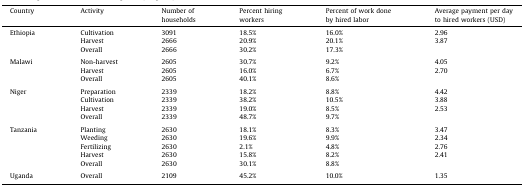
<table><thead><tr><td><b>Country</b></td><td><b>Activity</b></td><td><b>Number of households</b></td><td><b>Percent hiring workers</b></td><td><b>Percent of work done by hired labor</b></td><td><b>Average payment per day to hired workers (USD)</b></td></tr></thead><tbody><tr><td rowspan="3">Ethiopia</td><td>Cultivation</td><td>3091</td><td>18.5%</td><td>16.0%</td><td>2.96</td></tr><tr><td>Harvest</td><td>2666</td><td>20.9%</td><td>20.1%</td><td>3.87</td></tr><tr><td>Overall</td><td>2666</td><td>30.2%</td><td>17.3%</td><td></td></tr><tr><td colspan="6">  </td></tr><tr><td rowspan="3">Malawi</td><td>Non-harvest</td><td>2605</td><td>30.7%</td><td>9.2%</td><td>4.05</td></tr><tr><td>Harvest</td><td>2605</td><td>16.0%</td><td>6.7%</td><td>2.70</td></tr><tr><td>Overall</td><td>2605</td><td>40.1%</td><td>8.6%</td><td></td></tr><tr><td colspan="6">  </td></tr><tr><td rowspan="4">Niger</td><td>Preparation</td><td>2339</td><td>18.2%</td><td>8.8%</td><td>4.42</td></tr><tr><td>Cultivation</td><td>2339</td><td>38.2%</td><td>10.5%</td><td>3.88</td></tr><tr><td>Harvest</td><td>2339</td><td>19.0%</td><td>8.5%</td><td>2.53</td></tr><tr><td>Overall</td><td>2339</td><td>48.7%</td><td>9.7%</td><td></td></tr><tr><td colspan="6">  </td></tr><tr><td rowspan="5">Tanzania</td><td>Planting</td><td>2630</td><td>18.1%</td><td>8.3%</td><td>3.47</td></tr><tr><td>Weeding</td><td>2630</td><td>19.6%</td><td>9.9%</td><td>2.34</td></tr><tr><td>Fertilizing</td><td>2630</td><td>2.1%</td><td>4.8%</td><td>2.76</td></tr><tr><td>Harvest</td><td>2630</td><td>15.8%</td><td>8.2%</td><td>2.41</td></tr><tr><td>Overall</td><td>2630</td><td>30.1%</td><td>8.8%</td><td></td></tr><tr><td colspan="6">  </td></tr><tr><td>Uganda</td><td>Overall</td><td>2109</td><td>45.2%</td><td>10.0%</td><td>1.35</td></tr></tbody></table>